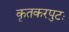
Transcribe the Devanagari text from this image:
कृतकरपुटः